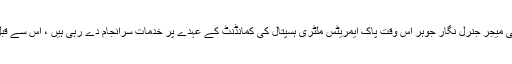
خیبر پختونخوا کے ضلع صوابی کے علاقے پنج پیر سے تعلق رکھنے والی میجر جنرل نگار جوہر اس وقت پاک ایمریٹس ملٹری ہسپتال کی کمانڈنٹ کے عہدے پر خدمات سرانجام دے رہی ہیں ، اس سے قبل وہ آرمی میڈیکل کالج کے وائس پرنسپل کے عہدے پر بھی رہ چکی ہیں۔